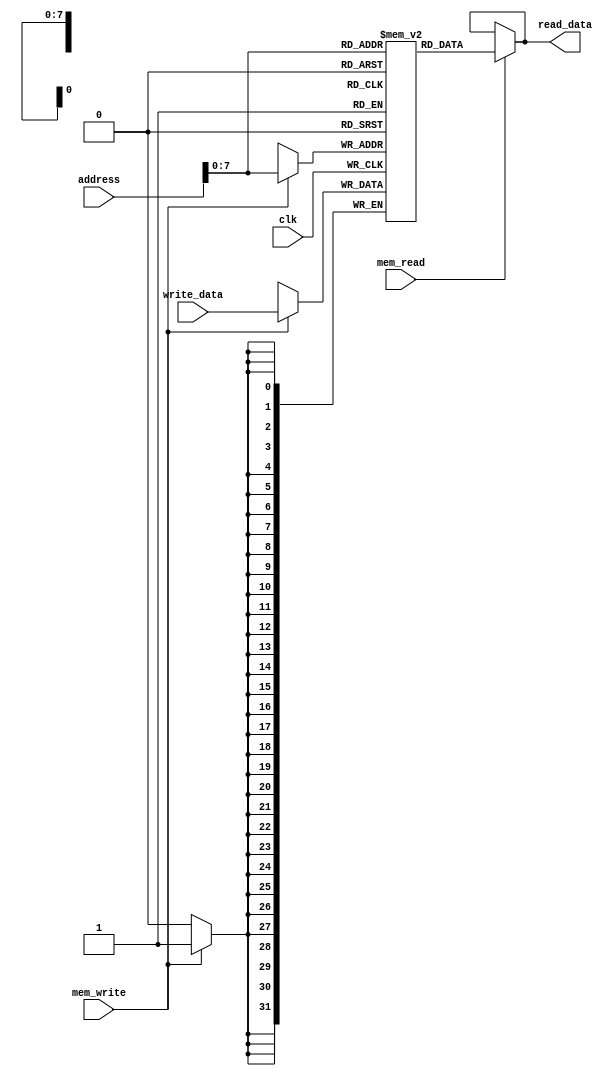
module Dmem(clk, address, write_data, mem_read, mem_write, read_data);

input wire clk;
input wire [31:0] address;
input wire [31:0] write_data;
input wire mem_read;
input wire mem_write;

output wire [31:0] read_data;

reg [31:0] mem [0:255]; // int mem[256];

always @(posedge clk) begin
    if ( mem_write ) begin
        mem[address] <= write_data;
    end
end

assign read_data = mem_read ? mem[address] : read_data;

endmodule